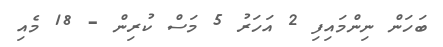
ބަހަން ނިންމައިފި 2 އަހަރު 5 މަސް ކުރިން - 18 މެއި